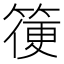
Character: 箯